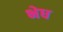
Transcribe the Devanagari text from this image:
भेध